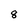
Character: 8